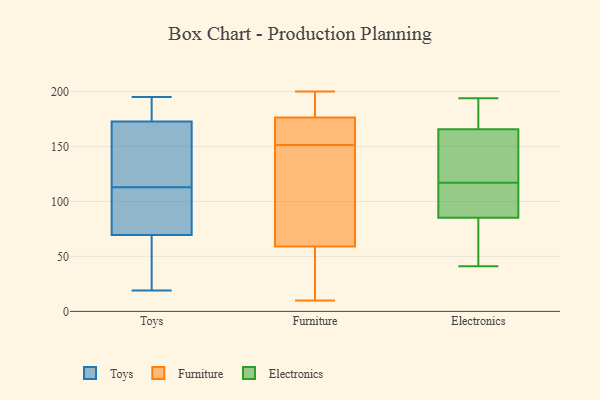
{"axis": {"x": "Conversion Rate (%)", "y": "Value"}, "legend": ["Electronics", "Furniture", "Toys"], "data": [{"x": "", "y": 28, "type": "Toys"}, {"x": "", "y": 184, "type": "Toys"}, {"x": "", "y": 95, "type": "Toys"}, {"x": "", "y": 139, "type": "Toys"}, {"x": "", "y": 61, "type": "Toys"}, {"x": "", "y": 122, "type": "Toys"}, {"x": "", "y": 109, "type": "Toys"}, {"x": "", "y": 195, "type": "Toys"}, {"x": "", "y": 19, "type": "Toys"}, {"x": "", "y": 113, "type": "Toys"}, {"x": "", "y": 193, "type": "Toys"}, {"x": "", "y": 198, "type": "Furniture"}, {"x": "", "y": 168, "type": "Furniture"}, {"x": "", "y": 183, "type": "Furniture"}, {"x": "", "y": 170, "type": "Furniture"}, {"x": "", "y": 34, "type": "Furniture"}, {"x": "", "y": 37, "type": "Furniture"}, {"x": "", "y": 62, "type": "Furniture"}, {"x": "", "y": 200, "type": "Furniture"}, {"x": "", "y": 185, "type": "Furniture"}, {"x": "", "y": 151, "type": "Furniture"}, {"x": "", "y": 61, "type": "Furniture"}, {"x": "", "y": 10, "type": "Furniture"}, {"x": "", "y": 167, "type": "Furniture"}, {"x": "", "y": 57, "type": "Furniture"}, {"x": "", "y": 152, "type": "Furniture"}, {"x": "", "y": 124, "type": "Furniture"}, {"x": "", "y": 146, "type": "Electronics"}, {"x": "", "y": 90, "type": "Electronics"}, {"x": "", "y": 182, "type": "Electronics"}, {"x": "", "y": 194, "type": "Electronics"}, {"x": "", "y": 92, "type": "Electronics"}, {"x": "", "y": 41, "type": "Electronics"}, {"x": "", "y": 48, "type": "Electronics"}, {"x": "", "y": 117, "type": "Electronics"}, {"x": "", "y": 180, "type": "Electronics"}, {"x": "", "y": 161, "type": "Electronics"}, {"x": "", "y": 98, "type": "Electronics"}, {"x": "", "y": 139, "type": "Electronics"}, {"x": "", "y": 71, "type": "Electronics"}]}